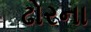
ઢોરના